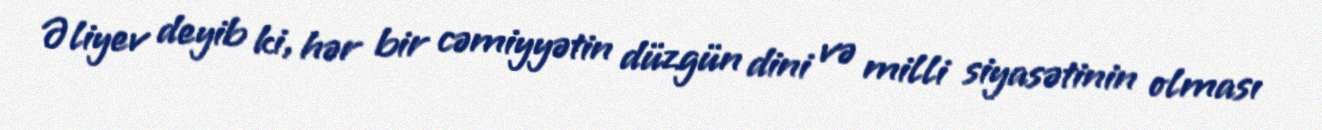
Əliyev deyib ki, hər bir cəmiyyətin düzgün dini və milli siyasətinin olması